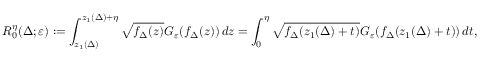
R _ { 0 } ^ { \eta } ( \Delta ; \varepsilon ) : = \int _ { z _ { 1 } ( \Delta ) } ^ { z _ { 1 } ( \Delta ) + \eta } \sqrt { f _ { \Delta } ( z ) } G _ { \varepsilon } ( f _ { \Delta } ( z ) ) \, d z = \int _ { 0 } ^ { \eta } \sqrt { f _ { \Delta } ( z _ { 1 } ( \Delta ) + t ) } G _ { \varepsilon } ( f _ { \Delta } ( z _ { 1 } ( \Delta ) + t ) ) \, d t ,